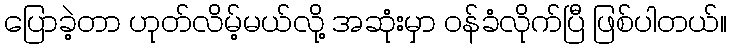
ပြောခဲ့တာ ဟုတ်လိမ့်မယ်လို့ အဆုံးမှာ ဝန်ခံလိုက်ပြီ ဖြစ်ပါတယ်။